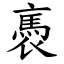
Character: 褭